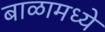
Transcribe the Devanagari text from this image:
बाळामध्ये